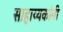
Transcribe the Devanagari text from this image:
साहाय्यकांनी